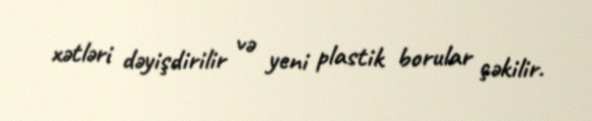
xətləri dəyişdirilir və yeni plastik borular çəkilir.